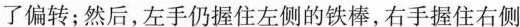
了偏转；然后，左手仍握住左侧的铁棒，右手握住右侧